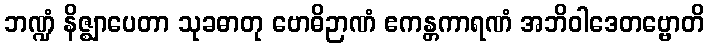
ဘဏ္ဍံ နိဇ္ဈာပေတာ သုခဓာတု ဗောဓိဉာဏံ ဧကန္တကာရဏံ အဘိဝါဒေတဗ္ဗောတိ